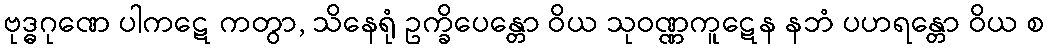
ဗုဒ္ဓဂုဏေ ပါကဋေ ကတွာ, သိနေရုံ ဥက္ခိပေန္တော ဝိယ သုဝဏ္ဏကူဋေန နဘံ ပဟရန္တော ဝိယ စ